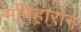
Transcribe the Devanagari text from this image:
मनिहारान